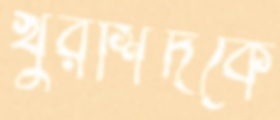
খুরশিদকে